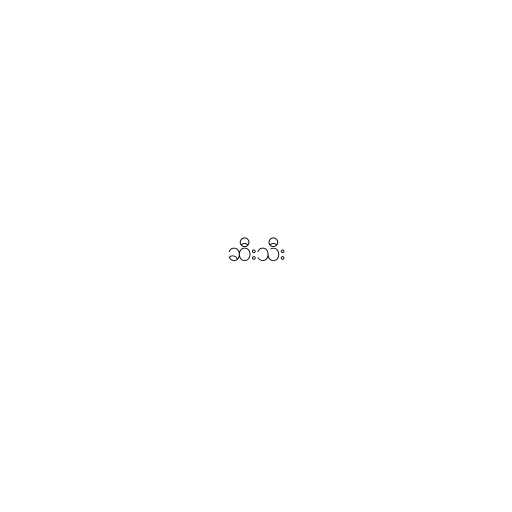
ဆီးသီး